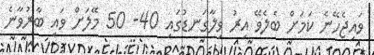
ވައިޖެހޭނެ ކަމަށް ބެލެވޭ އިރު ވިލާގަނޑުގައި 40- 50 މޭލަށް ވައި ބާރުވާނެ